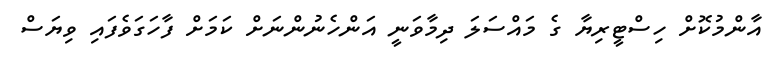
އާންމުކޮށް ހިސްޓީރިޔާ ގެ މައްސަލަ ދިމާވަނީ އަންހެނުންނަށް ކަމަށް ފާހަގަވެފައި ވިޔަސް